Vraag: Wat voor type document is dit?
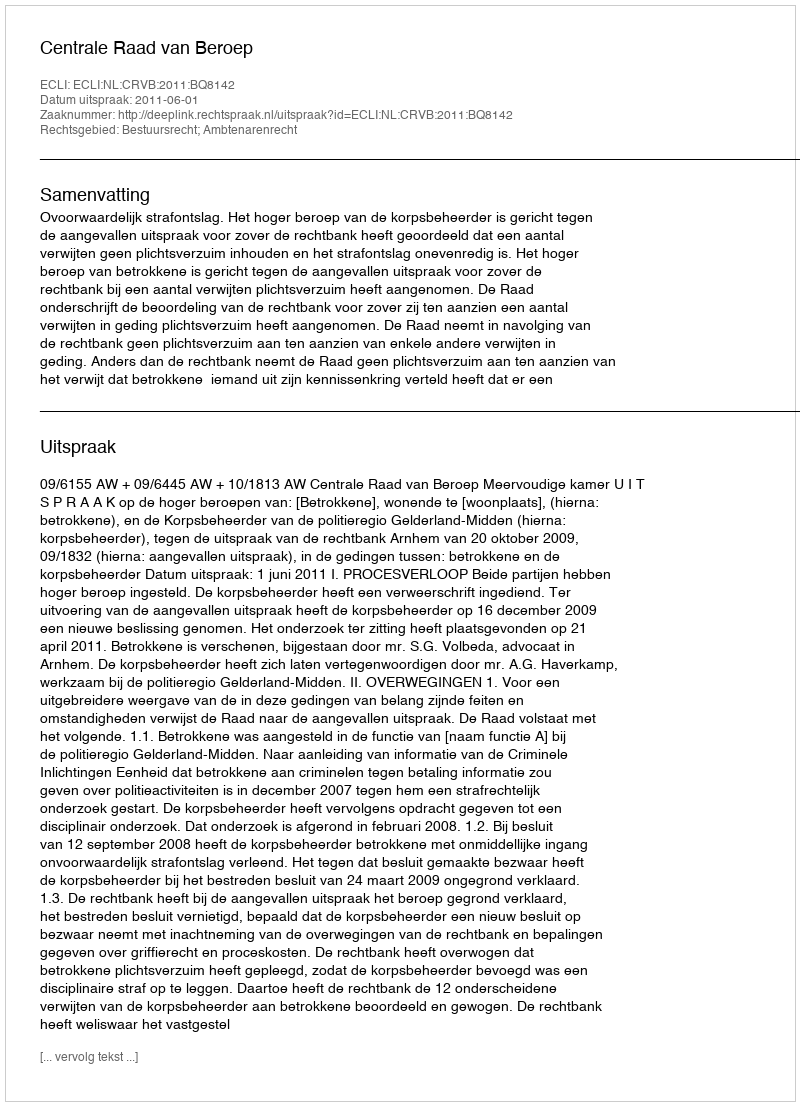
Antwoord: Uitspraak